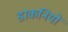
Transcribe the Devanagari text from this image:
डाकनियों